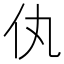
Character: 𬽦